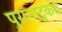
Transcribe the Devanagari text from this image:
पुरानाटुकरा